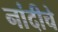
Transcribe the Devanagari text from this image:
नांदीचे